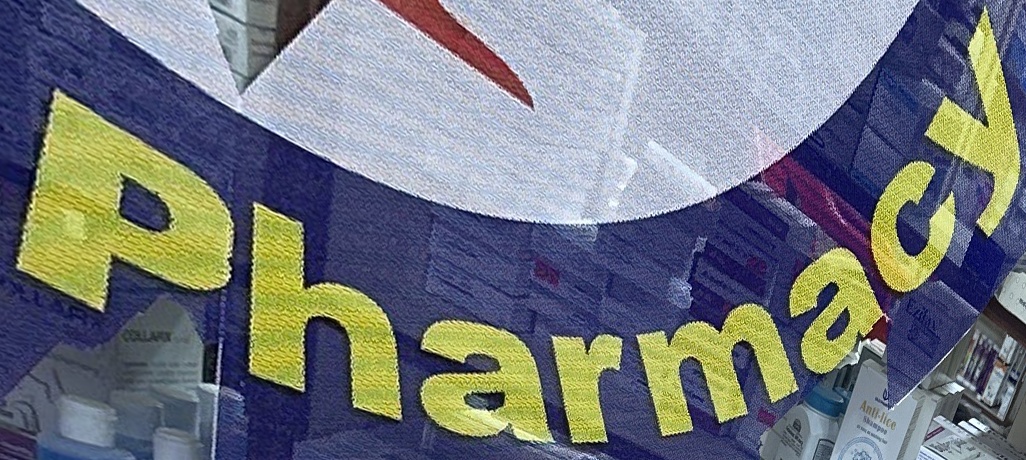
Pharmacy